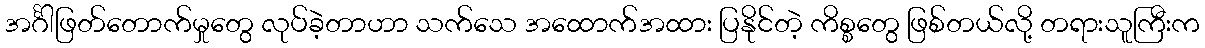
အင်္ဂါဖြတ်တောက်မှုတွေ လုပ်ခဲ့တာဟာ သက်သေ အထောက်အထား ပြနိုင်တဲ့ ကိစ္စတွေ ဖြစ်တယ်လို့ တရားသူကြီးက